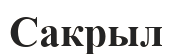
Сакрыл